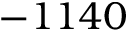
- 1 1 4 0